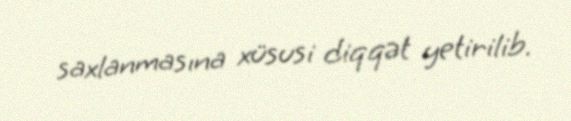
saxlanmasına xüsusi diqqət yetirilib.